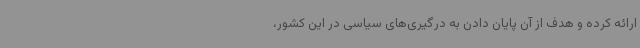
ارائه کرده و هدف از آن پایان دادن به درگیری‌های سیاسی در این کشور،